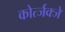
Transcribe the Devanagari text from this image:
कोर्त्जक्जे